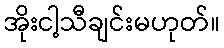
အိုးငါ့သီချင်းမဟုတ်။